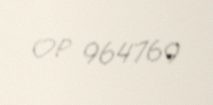
OP 964769